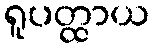
ရူပတ္ထာယ